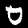
Label: 0